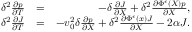
\begin{array} { r l r } { \delta ^ { 2 } \frac { \partial p } { \partial T } } & { = } & { - \delta \frac { \partial J } { \partial X } + \delta ^ { 2 } \frac { \partial \Phi ^ { \epsilon } ( X ) p } { \partial X } , } \\ { \delta ^ { 2 } \frac { \partial J } { \partial T } } & { = } & { - v _ { 0 } ^ { 2 } \delta \frac { \partial p } { \partial X } + \delta ^ { 2 } \frac { \partial \Phi ^ { \epsilon } ( x ) J } { \partial X } - 2 \alpha J . } \end{array}